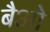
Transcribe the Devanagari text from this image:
बैओ